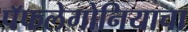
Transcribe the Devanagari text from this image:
पॅफलेगोनियाचा